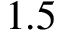
1 . 5